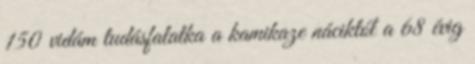
150 vidám tudásfalatka a kamikaze náciktól a 68 évig